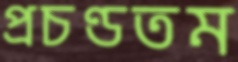
প্রচণ্ডতম